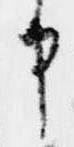
申